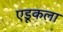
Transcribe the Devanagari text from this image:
एडूकला